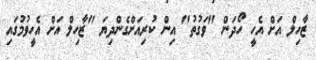
ޒާހިލް އަށް އެހީ ހޯދަން "ވަގުތު" އިން ކުރިއަށްގެންދިޔަ "ޒާހިލް އަށް އެހީވުމުގައި